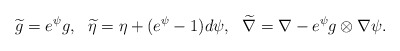
\begin{align*}\widetilde g=e^{\psi}g, \ \ \widetilde \eta=\eta+(e^{\psi}-1)d\psi, \ \ \widetilde \nabla=\nabla-e^{\psi}g\otimes \nabla\psi.\end{align*}